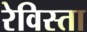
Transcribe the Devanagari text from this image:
रेविस्ता